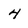
Character: 4